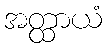
အတ္ထာယံ